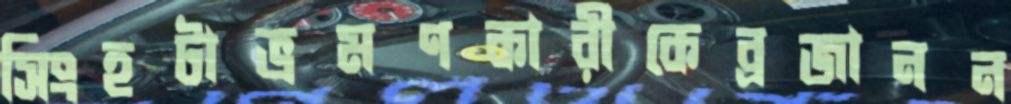
সিংহটাভ্রমণকারীকেব্রজানন